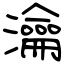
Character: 瀹